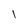
Character: 1